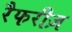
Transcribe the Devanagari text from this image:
रैफरीज़